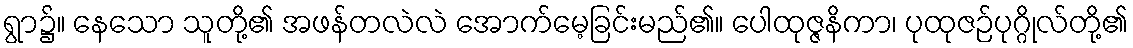
ရွာ၌။ နေသော သူတို့၏ အဖန်တလဲလဲ အောက်မေ့ခြင်းမည်၏။ ပေါထုဇ္ဇနိကာ၊ ပုထုဇဉ်ပုဂ္ဂိုလ်တို့၏